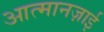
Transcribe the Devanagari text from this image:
आत्मानज़ाई